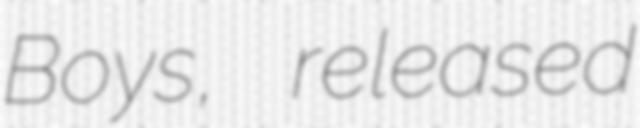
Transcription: Boys, released